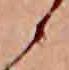
候